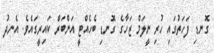
ގޮނޑި ފަހަތުގައި ހުރި ނީލަމް ޒަހާގެ ގޮނޑި ބެހެއްޓީ އަންބަރް ކައިރީގައެވެ. އެނދު